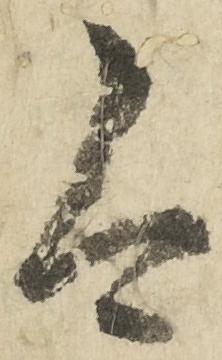
今